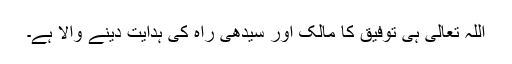
اللہ تعالی ہی توفیق کا مالک اور سیدھی راہ کی ہدایت دینے والا ہے۔